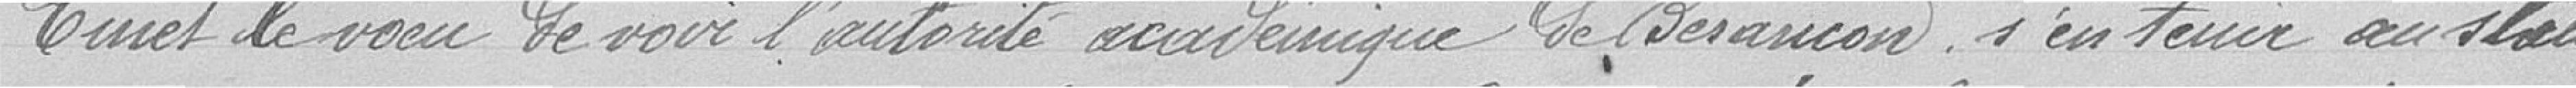
Emet le voeu de voir l'autorité  académique de Besançon s'en tenir au statu